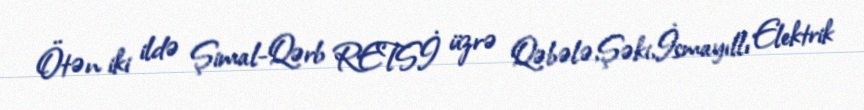
Ötən iki ildə Şimal-Qərb RETSİ üzrə Qəbələ,Şəki,İsmayıllı Elektrik